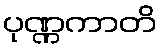
ပုဏ္ဏကာတိ